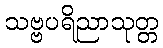
သဗ္ဗပရိညာသုတ္တ